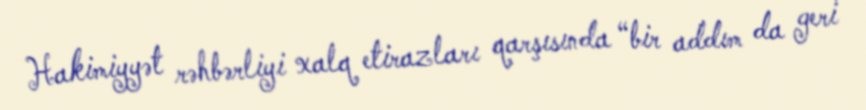
Hakimiyyət rəhbərliyi xalq etirazları qarşısında “bir addım da geri